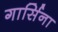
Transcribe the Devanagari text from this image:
गार्सिना